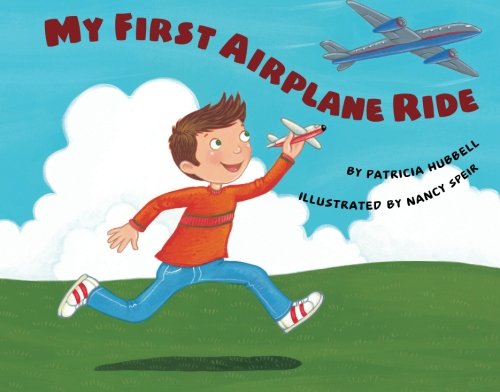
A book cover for My First Airplane Ride; Patricia Hubbell; Children's Books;